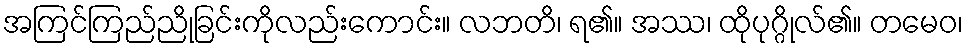
အကြင်ကြည်ညိုခြင်းကိုလည်းကောင်း။ လဘတိ၊ ရ၏။ အဿ၊ ထိုပုဂ္ဂိုလ်၏။ တမေဝ၊